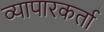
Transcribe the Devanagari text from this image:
व्यापारकर्ता